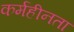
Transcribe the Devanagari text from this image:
कर्महीनता